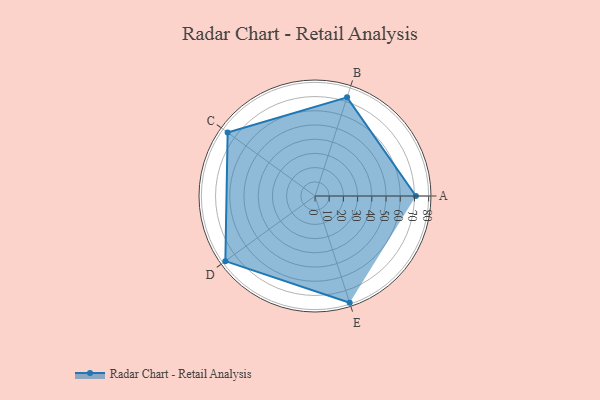
{"axis": {"x": "Skill", "y": "Score"}, "legend": ["Profile"], "data": [{"x": "A", "y": 71.0, "type": "Profile"}, {"x": "B", "y": 73.0, "type": "Profile"}, {"x": "C", "y": 76.0, "type": "Profile"}, {"x": "D", "y": 78.0, "type": "Profile"}, {"x": "E", "y": 79.0, "type": "Profile"}]}